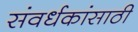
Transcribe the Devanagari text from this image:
संवर्धकांसाठी